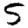
Digit: 5